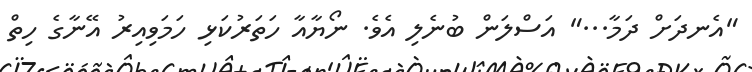
"އެނދަށް ދަމާ..." އަސްލަން ބުނެލި އެވެ. ނޯޔާއާ ހަތަރުކަޅި ހަމަވިއިރު އޭނާގެ ހިތް